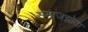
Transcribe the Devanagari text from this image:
समाजझोता